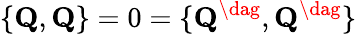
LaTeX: \{ {\mathbf Q},{\mathbf Q}\} =0=\{ {\mathbf Q}^{\dag},{\mathbf Q}^{\dag}\}